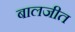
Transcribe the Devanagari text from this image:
बालजीत